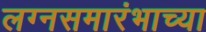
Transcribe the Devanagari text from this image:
लग्नसमारंभाच्या